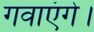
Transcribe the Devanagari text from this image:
गवाएंगे।